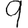
Digit: 9